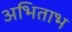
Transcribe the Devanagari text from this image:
अभिताभ